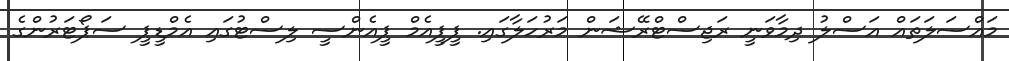
މައްސަލަތައް އަސްލު ދިމާވަނީ ރަޖިސްޓްރޭޝަން މަރުހަލާގައި. ޕީޕީއެމް ޕީއެންސީ ލިސްޓުގައި އެމްޑީޕީ ސަޕޯޓަރުންގެ